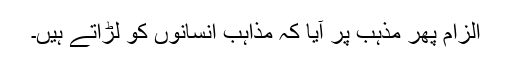
الزام پھر مذہب پر آیا کہ مذاہب انسانوں کو لڑاتے ہیں۔